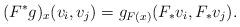
LaTeX: \begin{align*}(F^*g)_x(v_i,v_j)=g_{F(x)}(F_*v_i,F_*v_j).\end{align*}